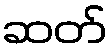
ဆတ်